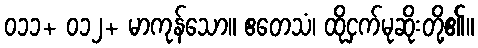
၀၁၁+ ၀၁၂+ မာကုန်သော။ ဧတေသံ၊ ထိုငှက်မုဆိုးတို့၏။